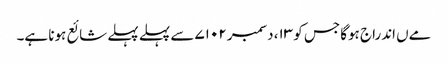
مےں اندراج ہوگا جس کو ۱۳، دسمبر ۷۱۰۲ سے پہلے پہلے شائع ہونا ہے۔